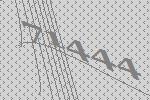
71444